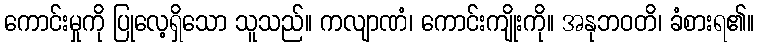
ကောင်းမှုကို ပြုလေ့ရှိသော သူသည်။ ကလျာဏံ၊ ကောင်းကျိုးကို။ အနုဘဝတိ၊ ခံစားရ၏။